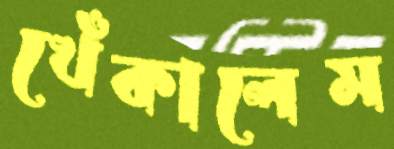
খেঁকালেম